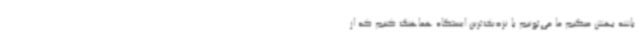
باشه بهش میگیم ما می‌تونیم با نزدیک‌ترین ایستگاه هماهنگ کنیم که از